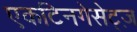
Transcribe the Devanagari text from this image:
एकटिनगेसेट्ज़